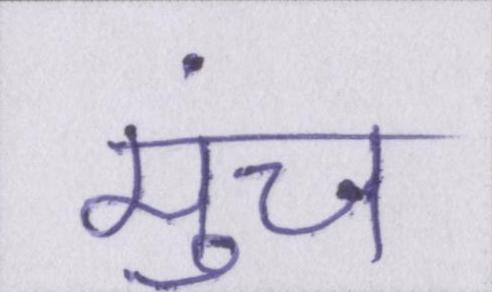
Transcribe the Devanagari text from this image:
मुंच